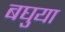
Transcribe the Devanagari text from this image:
बघुया